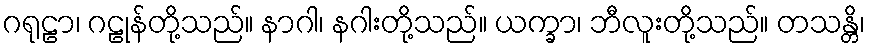
ဂရုဠာ၊ ဂဠုန်တို့သည်။ နာဂါ၊ နဂါးတို့သည်။ ယက္ခာ၊ ဘီလူးတို့သည်။ တသန္တိ၊